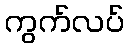
ကွက်လပ်